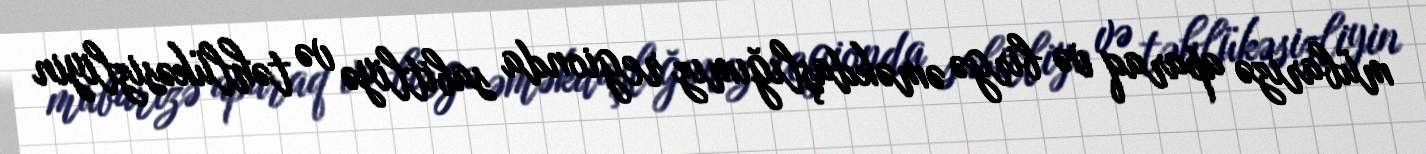
mübarizə aparaq və birgə əməkdaşlığımız regionda sabitliyə və təhlükəsizliyin